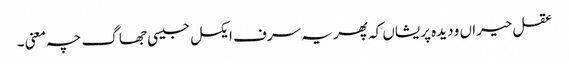
عقل حیراں و دیدہ پریشاں کہ پھر یہ سرف ایکسل جیسی جھاگ چہ معنی ۔